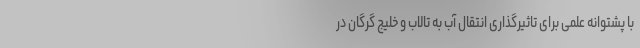
با پشتوانه علمی برای تاثیرگذاری انتقال آب به تالاب و خلیج گرگان در